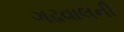
ગઢવાલની